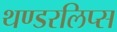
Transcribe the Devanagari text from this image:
थण्डरलिप्स